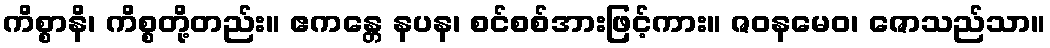
ကိစ္စာနိ၊ ကိစ္စတို့တည်း။ ဧကန္တေ နပန၊ စင်စစ်အားဖြင့်ကား။ ဇဝနမေဝ၊ ဇောသည်သာ။